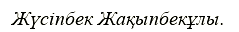
Жүсіпбек Жақыпбекұлы.